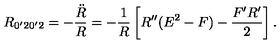
R _ { 0 ^ { \prime } 2 0 ^ { \prime } 2 } = - { \frac { \ddot { R } } { R } } = - { \frac { 1 } { R } } \left[ R ^ { \prime \prime } ( E ^ { 2 } - F ) - { \frac { F ^ { \prime } R ^ { \prime } } { 2 } } \right] .